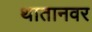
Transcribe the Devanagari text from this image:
थातानवर